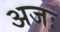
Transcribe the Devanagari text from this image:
अजः